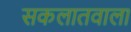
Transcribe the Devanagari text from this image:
सकलातवाला